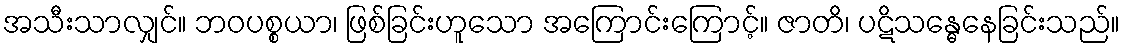
အသီးသာလျှင်။ ဘဝပစ္စယာ၊ ဖြစ်ခြင်းဟူသော အကြောင်းကြောင့်။ ဇာတိ၊ ပဋိသန္ဓေနေခြင်းသည်။